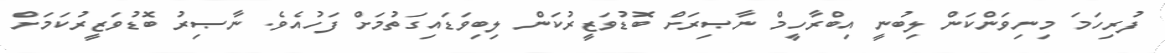
ފުރިހަމަ މިނިވަންކަން ލިބުނީ އިބްރާހީމް ނާޞިރަށް ބޮޑުވަޒީރުކަން ލިބިވަޑައިގަތުމަށް ފަހުއެވެ. ނާޞިރު ބޮޑުވަޒީރުކަމަށް